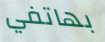
بهاتفي